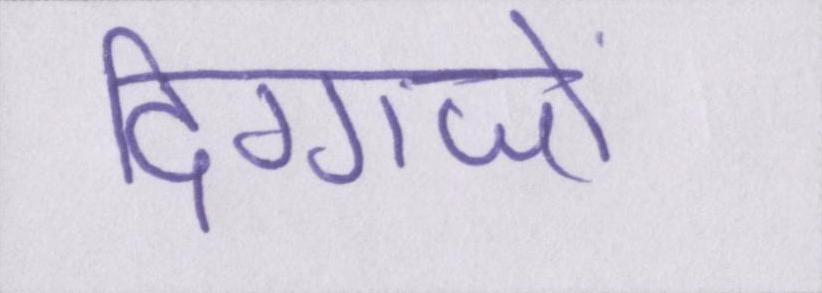
दिग्गजों